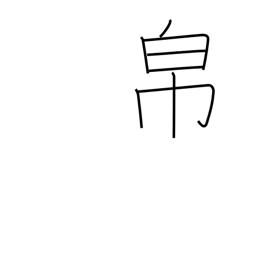
Meaning: cloth